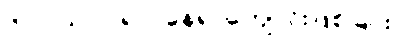
၆။ ဝါသာဂါရ = နေရာကျောင်းဖြစ်ခြင်း၊